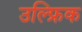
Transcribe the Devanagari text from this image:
उल्फ्रिक